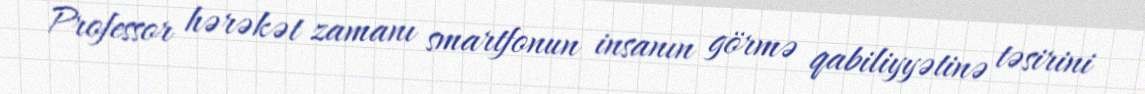
Professor hərəkət zamanı smartfonun insanın görmə qabiliyyətinə təsirini